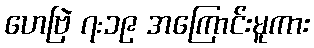
ဟေဗြဲ ၇:၁၉ အကြောင်းမူကား